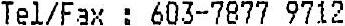
TEL/FAX : 603-7877 9712